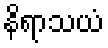
နိရာသယံ